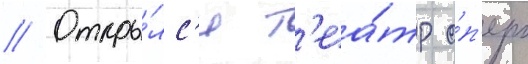
// Откры́лс'я т'еа́тр о́п'еры